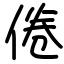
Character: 倦